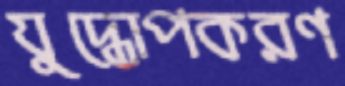
যুদ্ধোপকরণ